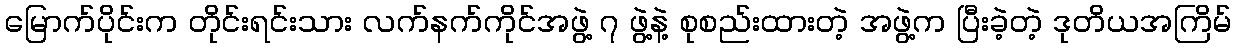
မြောက်ပိုင်းက တိုင်းရင်းသား လက်နက်ကိုင်အဖွဲ့ ၇ ဖွဲ့နဲ့ စုစည်းထားတဲ့ အဖွဲ့က ပြီးခဲ့တဲ့ ဒုတိယအကြိမ်